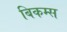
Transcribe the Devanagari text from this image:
बिकम्स